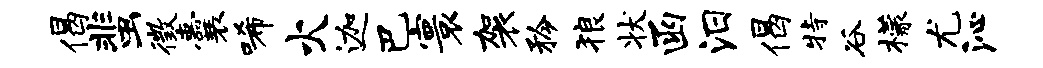
偈蜚徵囊唏火迦巴寰袈矜狼状函汨偈特谷檬尤沁